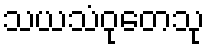
သယသံဝုတေသု